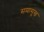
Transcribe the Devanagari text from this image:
समासुख